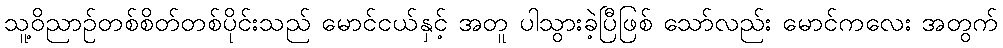
သူ့ဝိညာဉ်တစ်စိတ်တစ်ပိုင်းသည် မောင်ငယ်နှင့် အတူ ပါသွားခဲ့ပြီဖြစ် သော်လည်း မောင်ကလေး အတွက်